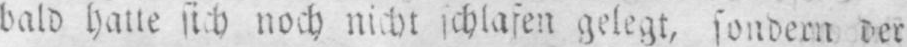
gelegt, sondern der